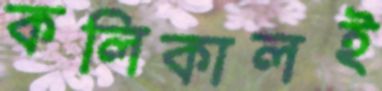
কলিকালই